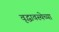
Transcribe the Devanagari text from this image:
वृद्धावस्थेच्या